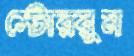
স্টোররুম